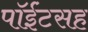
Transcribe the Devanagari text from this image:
पॉईंटसह